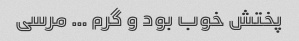
پختش خوب بود و گرم … مرسی